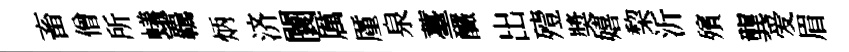
畜僧所蟻覊炳济闤厲厪泉薹釅出殪奬嬉棃沂殯龔爱眉